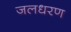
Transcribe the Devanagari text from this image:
जलधरण